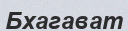
Бхагават